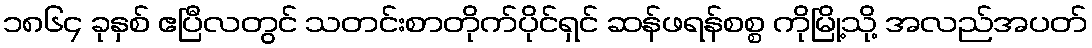
၁၈၆၄ ခုနှစ် ဧပြီလတွင် သတင်းစာတိုက်ပိုင်ရှင် ဆန်ဖရန်စစ္စ ကိုမြို့သို့ အလည်အပတ်